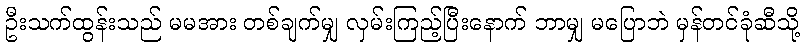
ဦးသက်ထွန်းသည် မမအား တစ်ချက်မျှ လှမ်းကြည့်ပြီးနောက် ဘာမျှ မပြောဘဲ မှန်တင်ခုံဆီသို့